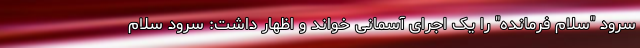
سرود "سلام فرمانده" را یک اجرای آسمانی خواند و اظهار داشت: سرود سلام